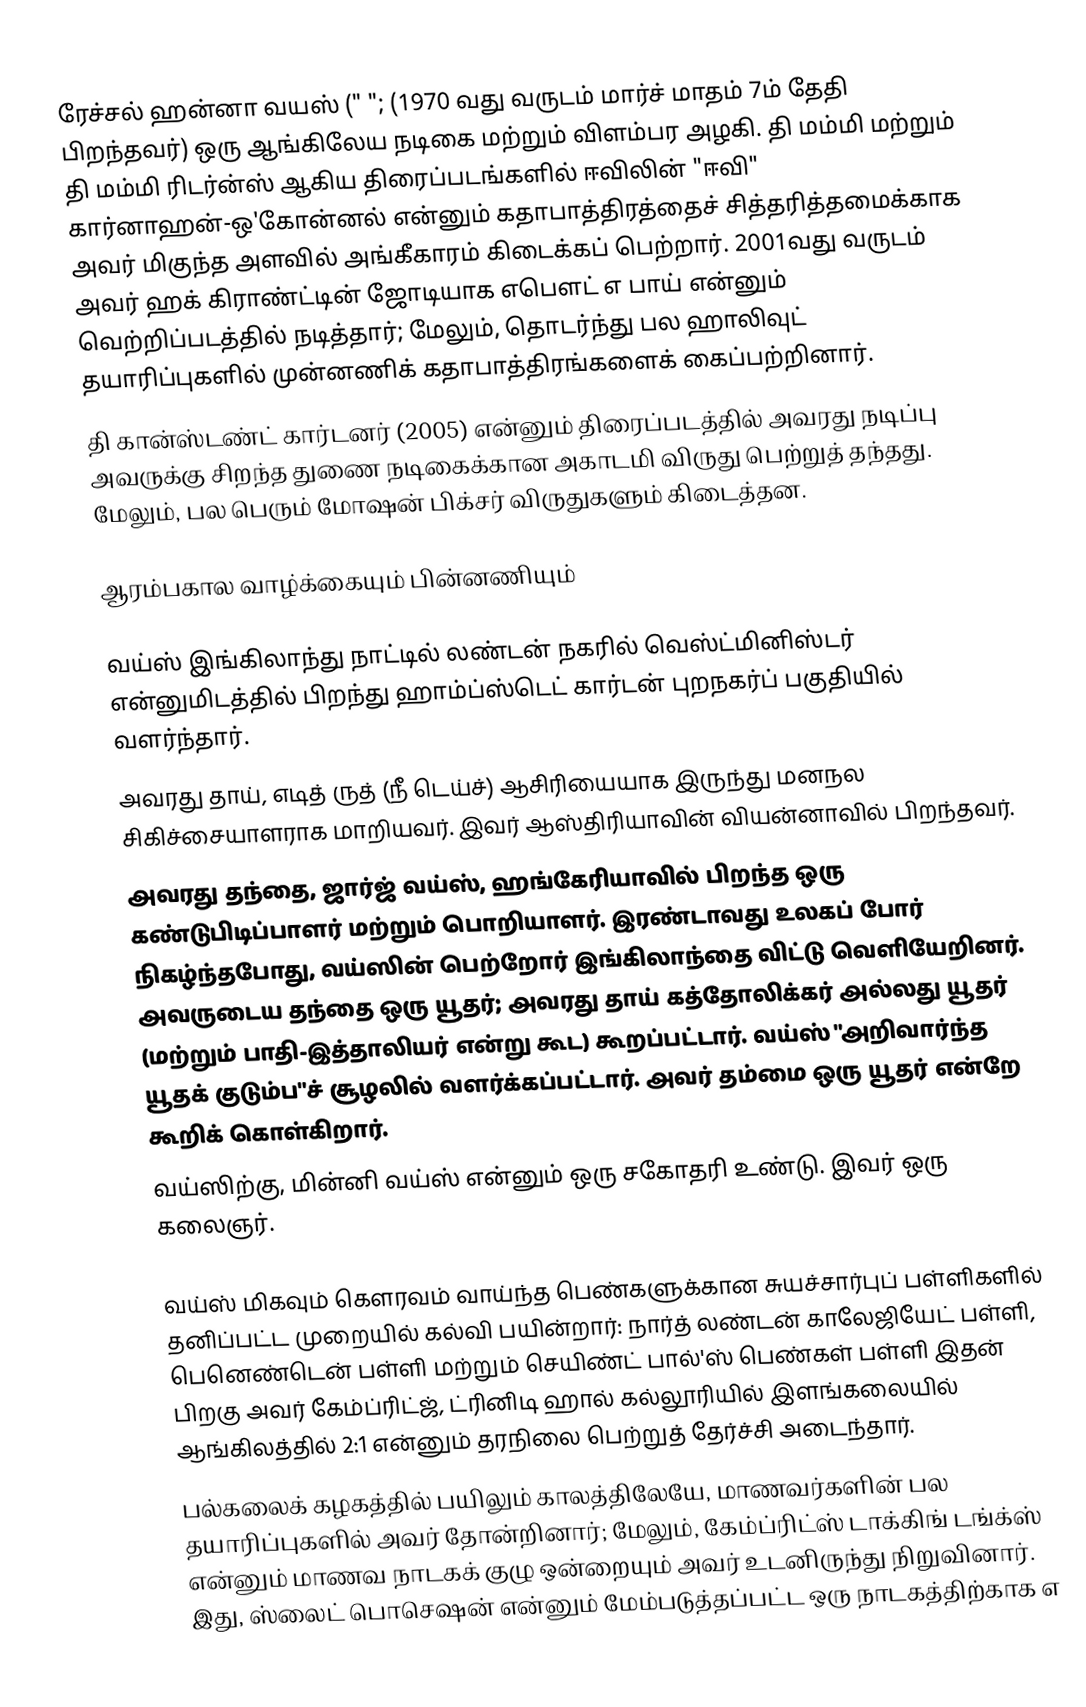
ரேச்சல் ஹன்னா வயஸ் (" "; (1970 வது வருடம் மார்ச் மாதம் 7ம் தேதி பிறந்தவர்) ஒரு ஆங்கிலேய நடிகை மற்றும் விளம்பர அழகி. தி மம்மி மற்றும் தி மம்மி ரிடர்ன்ஸ் ஆகிய திரைப்படங்களில் ஈவிலின் "ஈவி" கார்னாஹன்-ஒ'கோன்னல் என்னும் கதாபாத்திரத்தைச் சித்தரித்தமைக்காக அவர் மிகுந்த அளவில் அங்கீகாரம் கிடைக்கப் பெற்றார். 2001வது வருடம் அவர் ஹக் கிராண்ட்டின் ஜோடியாக எபௌட் எ பாய் என்னும் வெற்றிப்படத்தில் நடித்தார்; மேலும், தொடர்ந்து பல ஹாலிவுட் தயாரிப்புகளில் முன்னணிக் கதாபாத்திரங்களைக் கைப்பற்றினார்.
தி கான்ஸ்டண்ட் கார்டனர் (2005) என்னும் திரைப்படத்தில் அவரது நடிப்பு அவருக்கு சிறந்த துணை நடிகைக்கான அகாடமி விருது பெற்றுத் தந்தது. மேலும், பல பெரும் மோஷன் பிக்சர் விருதுகளும் கிடைத்தன.

ஆரம்பகால வாழ்க்கையும் பின்னணியும்

வய்ஸ் இங்கிலாந்து நாட்டில் லண்டன் நகரில் வெஸ்ட்மினிஸ்டர் என்னுமிடத்தில் பிறந்து ஹாம்ப்ஸ்டெட் கார்டன் புறநகர்ப் பகுதியில் வளர்ந்தார்.
அவரது தாய், எடித் ருத் (நீ டெய்ச்) ஆசிரியையாக இருந்து மனநல சிகிச்சையாளராக மாறியவர். இவர் ஆஸ்திரியாவின் வியன்னாவில் பிறந்தவர்.
அவரது தந்தை, ஜார்ஜ் வய்ஸ், ஹங்கேரியாவில் பிறந்த ஒரு கண்டுபிடிப்பாளர் மற்றும் பொறியாளர். இரண்டாவது உலகப் போர் நிகழ்ந்தபோது, வய்ஸின் பெற்றோர் இங்கிலாந்தை விட்டு வெளியேறினர். அவருடைய தந்தை ஒரு யூதர்; அவரது தாய் கத்தோலிக்கர் அல்லது யூதர் (மற்றும் பாதி-இத்தாலியர் என்று கூட) கூறப்பட்டார். வய்ஸ் "அறிவார்ந்த யூதக் குடும்ப"ச் சூழலில் வளர்க்கப்பட்டார். அவர் தம்மை ஒரு யூதர் என்றே கூறிக் கொள்கிறார்.
வய்ஸிற்கு, மின்னி வய்ஸ் என்னும் ஒரு சகோதரி உண்டு. இவர் ஒரு கலைஞர்.

வய்ஸ் மிகவும் கௌரவம் வாய்ந்த பெண்களுக்கான சுயச்சார்புப் பள்ளிகளில் தனிப்பட்ட முறையில் கல்வி பயின்றார்: நார்த் லண்டன் காலேஜியேட் பள்ளி, பெனெண்டென் பள்ளி மற்றும் செயிண்ட் பால்'ஸ் பெண்கள் பள்ளி இதன் பிறகு அவர் கேம்ப்ரிட்ஜ், ட்ரினிடி ஹால் கல்லூரியில் இளங்கலையில் ஆங்கிலத்தில் 2:1 என்னும் தரநிலை பெற்றுத் தேர்ச்சி அடைந்தார்.
பல்கலைக் கழகத்தில் பயிலும் காலத்திலேயே, மாணவர்களின் பல தயாரிப்புகளில் அவர் தோன்றினார்; மேலும், கேம்ப்ரிட்ஸ் டாக்கிங் டங்க்ஸ் என்னும் மாணவ நாடகக் குழு ஒன்றையும் அவர் உடனிருந்து நிறுவினார். இது, ஸ்லைட் பொசெஷன் என்னும் மேம்படுத்தப்பட்ட ஒரு நாடகத்திற்காக எ